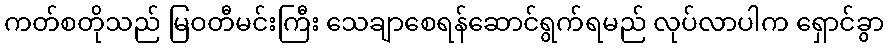
ကတ်စတိုသည် မြဝတီမင်းကြီး သေချာစေရန်ဆောင်ရွက်ရမည် လုပ်လာပါက ရှောင်ခွာ